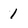
Character: 1